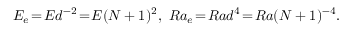
E _ { e } \! = \! E d ^ { - 2 } \! = \! E ( N + 1 ) ^ { 2 } , \ R a _ { e } \! = \! R a d ^ { 4 } \! = \! R a ( N + 1 ) ^ { - 4 } .